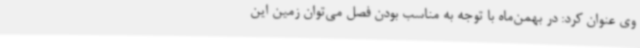
وی عنوان کرد: در بهمن‌ماه با توجه به مناسب بودن فصل می‌توان زمین این